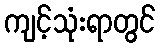
ကျင့်သုံးရာတွင်